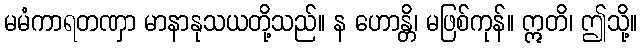
မမံကာရတဏှာ မာနာနုသယတို့သည်။ န ဟောန္တိ၊ မဖြစ်ကုန်။ ဣတိ၊ ဤသို့။